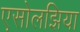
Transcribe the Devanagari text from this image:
एसोलझिया